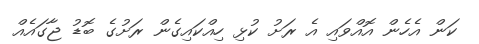
ކަން އެހެން އޮއްވައި އެ ރަށު ކުޅި ހިއްކައިގެން ރަށުގެ ބޮޑު ޖާގައެއް